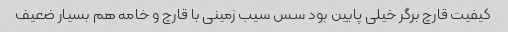
کیفیت قارچ برگر خیلی پایین بود سس سیب زمینی با قارچ و خامه هم بسیار ضعیف